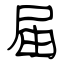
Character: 届